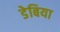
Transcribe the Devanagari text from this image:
डेबिया